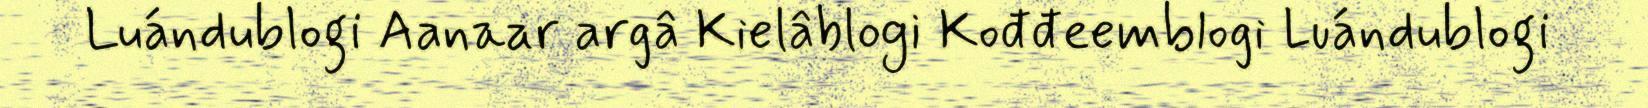
Luándublogi Aanaar argâ Kielâblogi Kođđeemblogi Luándublogi